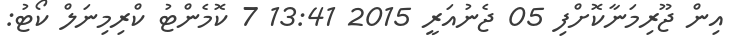
އިން ޖޫރިމަނާކޮށްފި 05 ޖެނުއަރީ 2015 13:41 7 ކޮމެންޓު ކްރިމިނަލް ކޯޓު: